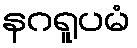
နဂရူပမံ